Subject: cs
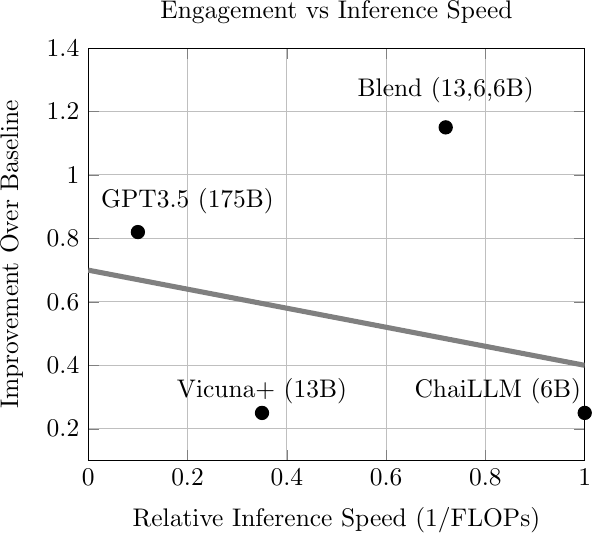
LaTeX code:
        \begin{tikzpicture}[scale=0.92]
        \begin{axis}[
            title={Engagement vs Inference Speed},
            xlabel={Relative Inference Speed (1/FLOPs)},
            ylabel={Improvement Over Baseline},
            ylabel style={yshift=-5pt, inner sep=-1pt},
            xmin=0, xmax=1.,
            ymin=0.1, ymax=1.4,
            grid=both,
            scatter/classes={
                a={mark=*,draw=black}
            }
        ]

        \addplot[
            scatter,
            only marks,
            scatter src=explicit symbolic,
            mark options={scale=1.3}
            ]table[meta=label] {
        x       y       label
        0.1     0.82    a
        0.72    1.15     a
        0.35    0.25    a
        1.0    0.25     a
        };

        \addplot[smooth, thick, gray, line width=2pt] coordinates {
            (0 ,  0.7)
            (0.2, 0.64)
            (0.4, 0.58)
            (0.6, 0.52)
            (1.0, 0.4)
        };

        \node at (axis cs:0.2,0.85) [above] {GPT3.5 (175B)};
        \node at (axis cs:0.72,1.2) [above] {Blend (13,6,6B)};
        \node at (axis cs:0.35,0.25) [above] {Vicuna+ (13B)};
        \node at (axis cs:0.825, 0.25) [above] {ChaiLLM (6B)};

        \end{axis}
    \end{tikzpicture}